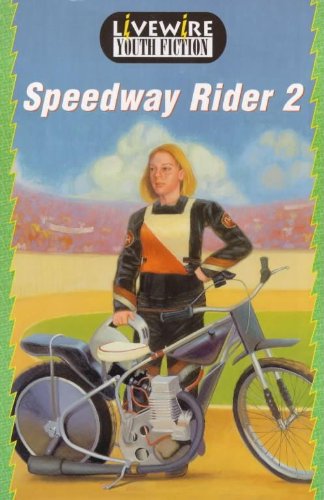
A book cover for Livewire: Youth Fiction; Teen & Young Adult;